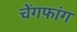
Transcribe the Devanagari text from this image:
चेंगफांग